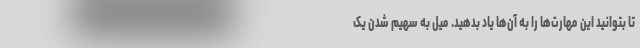
تا بتوانید این مهارت‌ها را به آن‌ها یاد بدهید. میل به سهیم شدن یک